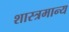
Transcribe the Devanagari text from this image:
शास्त्रमान्य